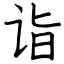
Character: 诣